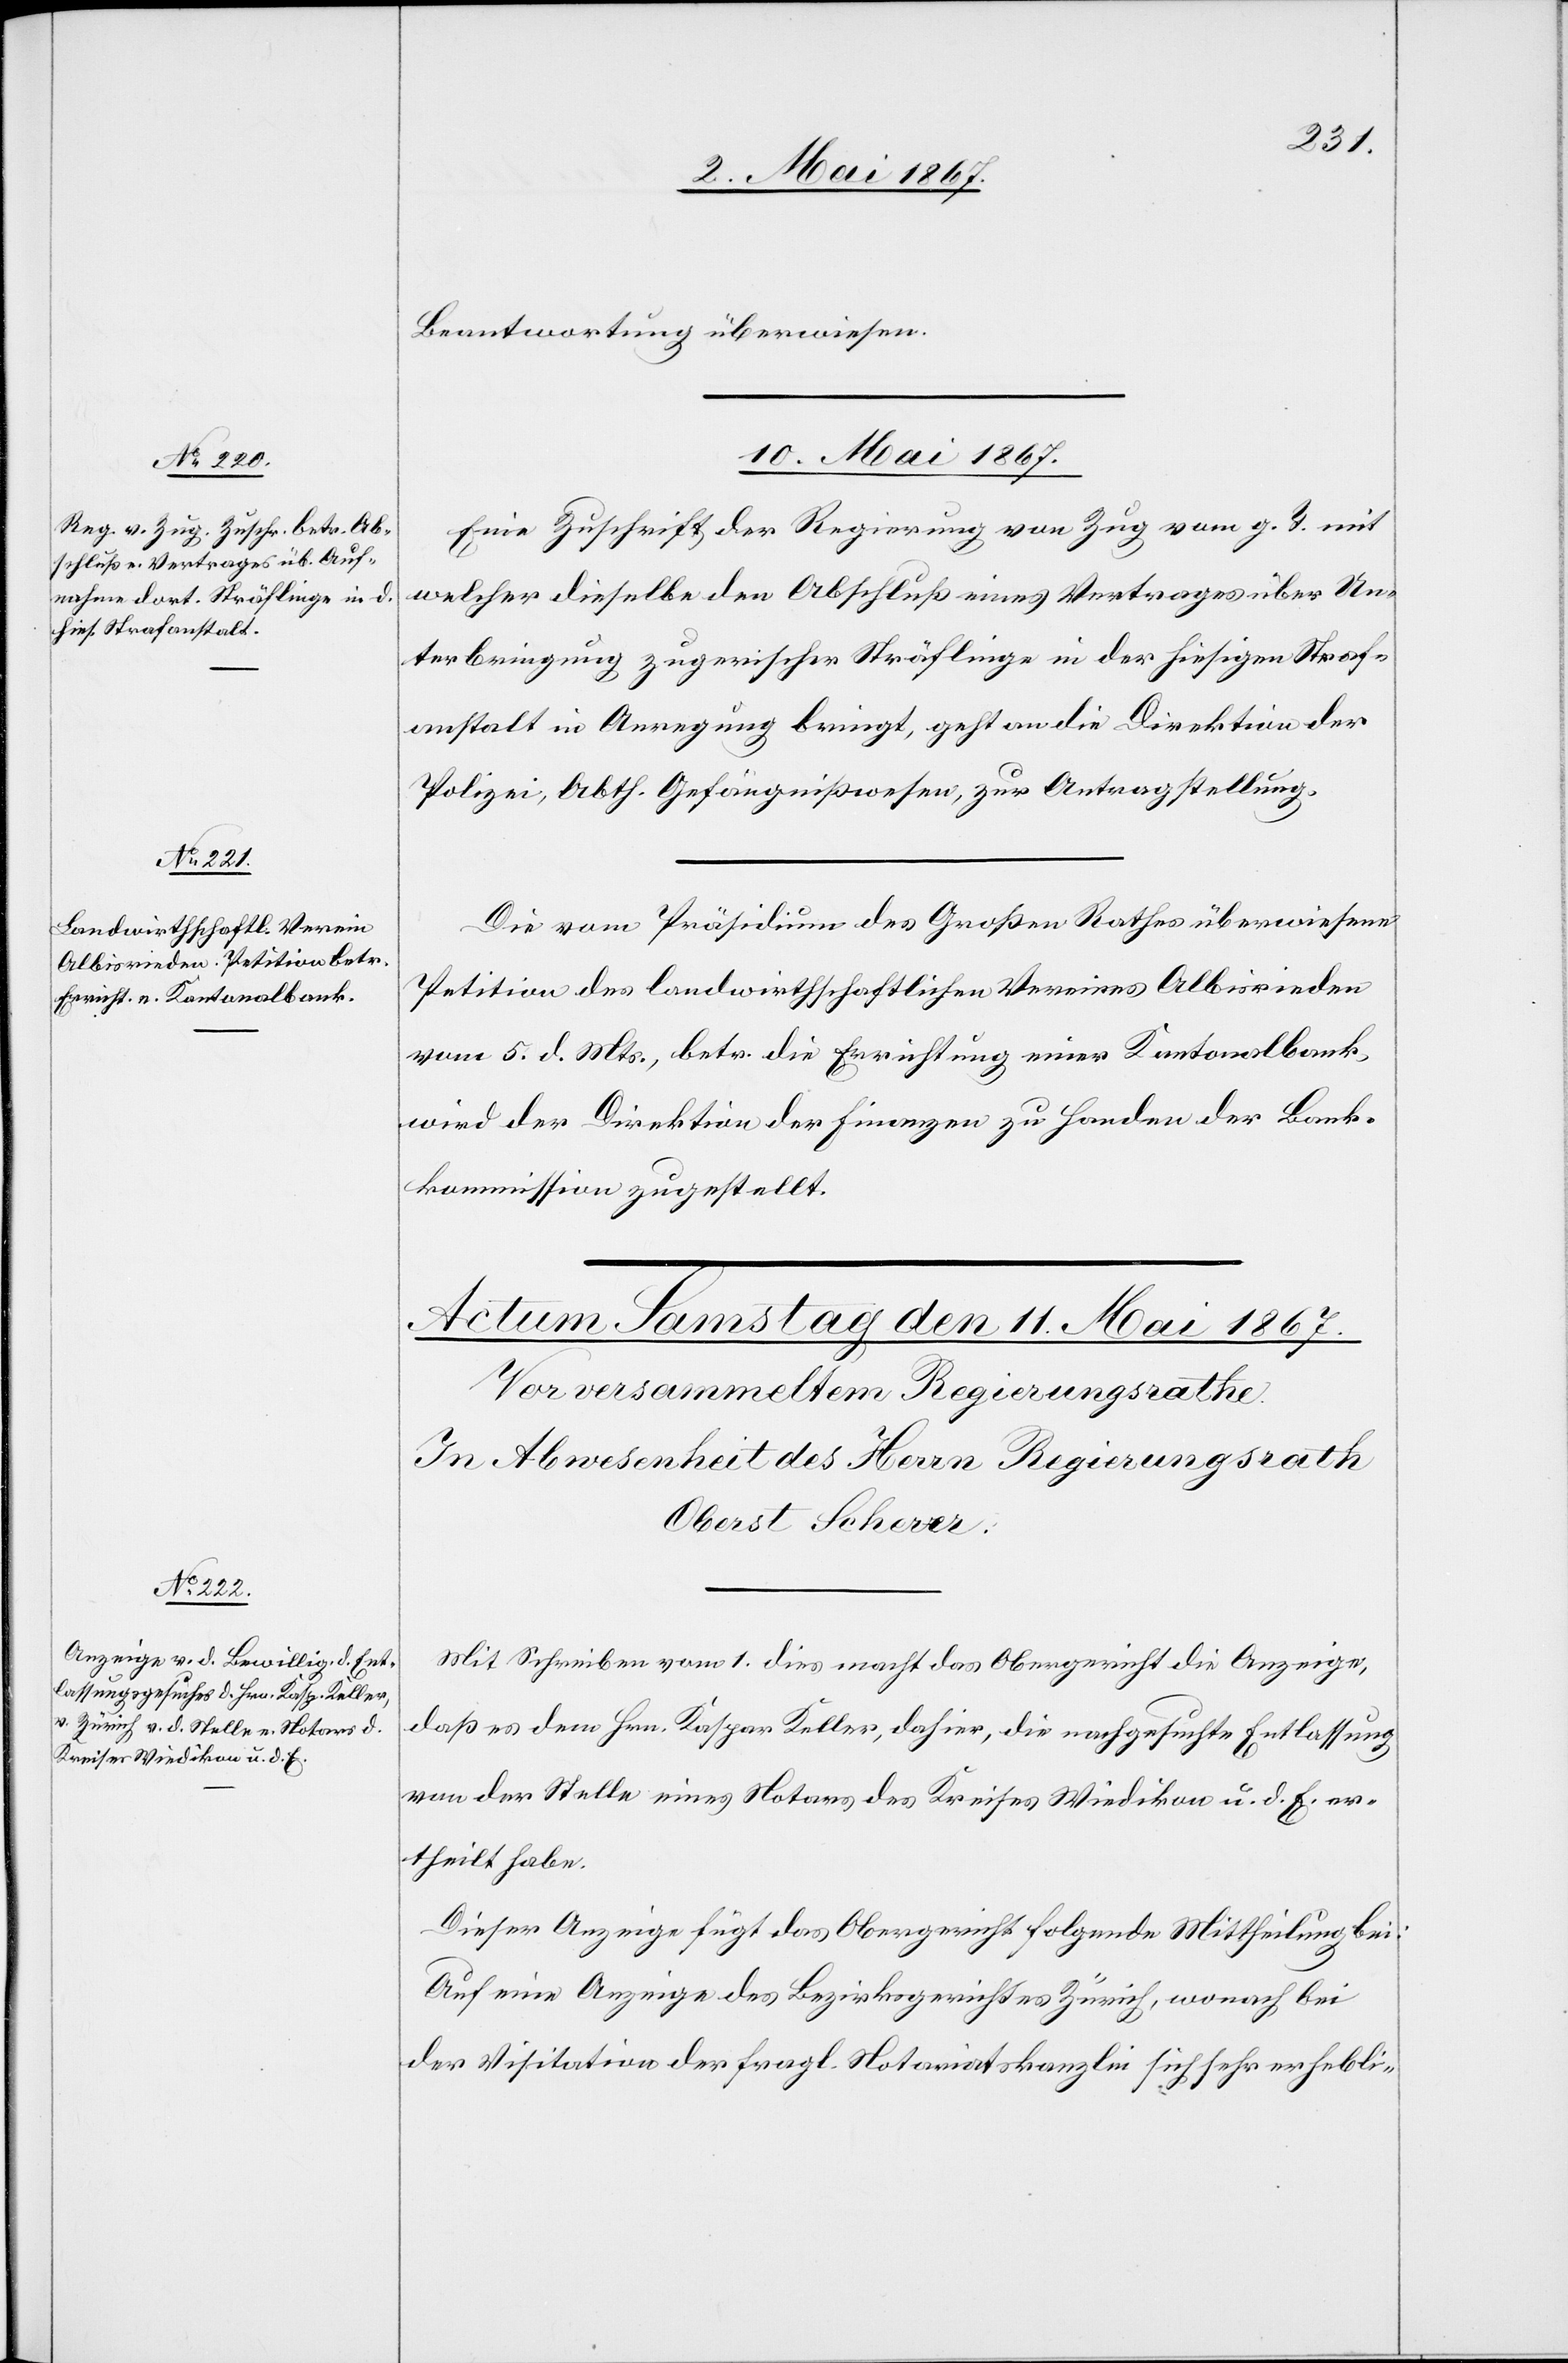
Beantwortung überwiesen.
10. Mai 1867.]
Eine Zuschrift der Regierung von Zug vom g. T. mit
welcher dieselbe den Abschluß eines Vertrages über Un¬
terbringung zugerischer Sträflinge in der hiesigen Straf¬
anstalt in Anregung bringt, geht an die Direktion der
Polizei, Abth. Gefängnißwesen, zur Antragstellung.
Die vom Präsidium des Großen Rathes überwiesene
Petition des landwirthschaftlichen Vereins Albisrieden
vom 5. d. Mts., betr. die Errichtung einer Kantonalbank,
wird der Direktion der Finanzen zu Handen der Bank¬
kommission zugestellt.
Mit Schreiben vom 1. dies macht das Obergericht die Anzeige,
daß es dem Hrn. Kaspar Keller, dahier, die nachgesuchte Entlassung
von der Stelle eines Notars des Kreises Wiedikon u. d. E. er¬
theilt habe.
Dieser Anzeige fügt das Obergericht folgende Mittheilung bei:
Auf eine Anzeige des Bezirksrathes Zürich, wonach bei
der Visitation der fragl. Notariatskanzlei sich sehr erhebli-